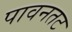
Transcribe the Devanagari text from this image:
पावनतट